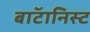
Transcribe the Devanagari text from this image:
बाॅटानिस्ट